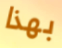
بهذا